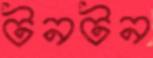
টনটন